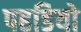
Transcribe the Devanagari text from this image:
पहडियो